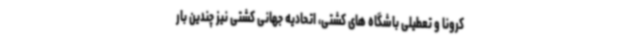
کرونا و تعطیلی باشگاه های کشتی، اتحادیه جهانی کشتی نیز چندین بار